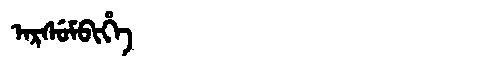
Manchu: ᠠᡵᠰᡠᠮᠪᡳᡥᡝ
Romanization: ARSUMBIHE